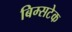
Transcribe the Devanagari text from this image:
बिम्सटेक